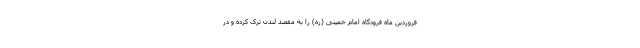
فروردین ماه فرودگاه امام خمینی (ره) را به مقصد لندن ترک کرده و در